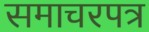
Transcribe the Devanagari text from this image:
समाचरपत्र